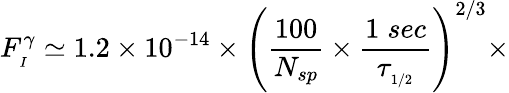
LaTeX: F_{_{I}}^{\gamma}\simeq 1.2\times 10^{-14}\times\left(\frac{100}{N_{sp}}\times\frac{1\; sec}{\tau_{_{1/2}}}\right)^{2/3}\times